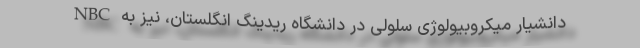
دانشیار میکروبیولوژی سلولی در دانشگاه ریدینگ انگلستان، نیز به NBC